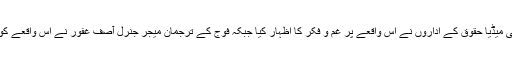
قومی اور بین الاقو امی میڈیا حقوق کے اداروں نے اس واقعے پر غم و فکر کا اظہار کیا جبکہ فوج کے ترجمان میجر جنرل آصف غفور نے اس واقعے کو خیر اخلاقی قرار دیا۔